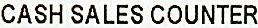
CASH SALES COUNTER